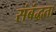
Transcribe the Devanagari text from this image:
संबंद्धता